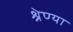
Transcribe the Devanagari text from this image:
श्रेण्या